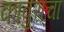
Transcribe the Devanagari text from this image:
कावुराचा